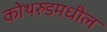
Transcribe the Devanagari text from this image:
कोथरुडमधील